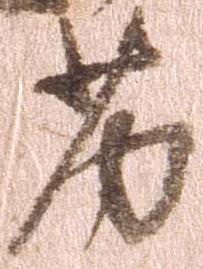
劣